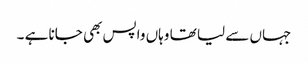
جہاں سے لیا تھا وہاں واپس بھی جانا ہے ۔